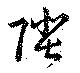
陛